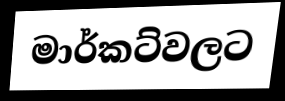
මාර්කට්වලට